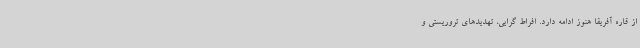
از قاره آفریقا هنوز ادامه دارد. افراط گرایی، تهدیدهای تروریستی و